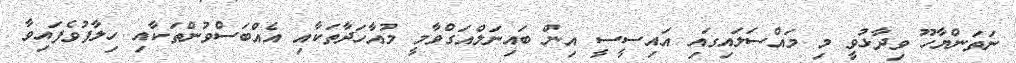
ނަތަންޔާހޫ ވިދާޅުވީ މި މައްސަލައިގައި އައިސީސީ އިން ބައިނަލްއަގްވާމީ މުއާހަދާތަކާއި އެއްބަސްވުންތަކާއި ހިލާފުވެފައިވާ